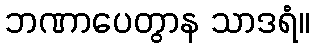
ဘဏာပေတွာန သာဒရံ။